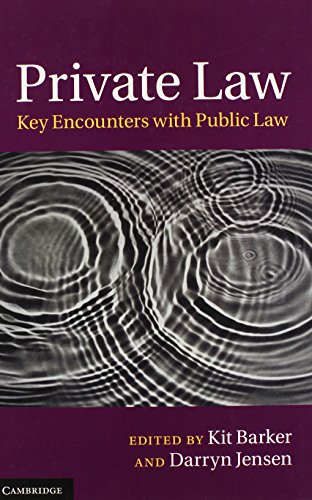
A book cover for Private Law: Key Encounters with Public Law; Law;